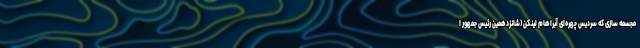
مجسمه سازی که سردیس چهره‌ای آبراهام لینکن (شانزدهمین رئیس جمهور ا